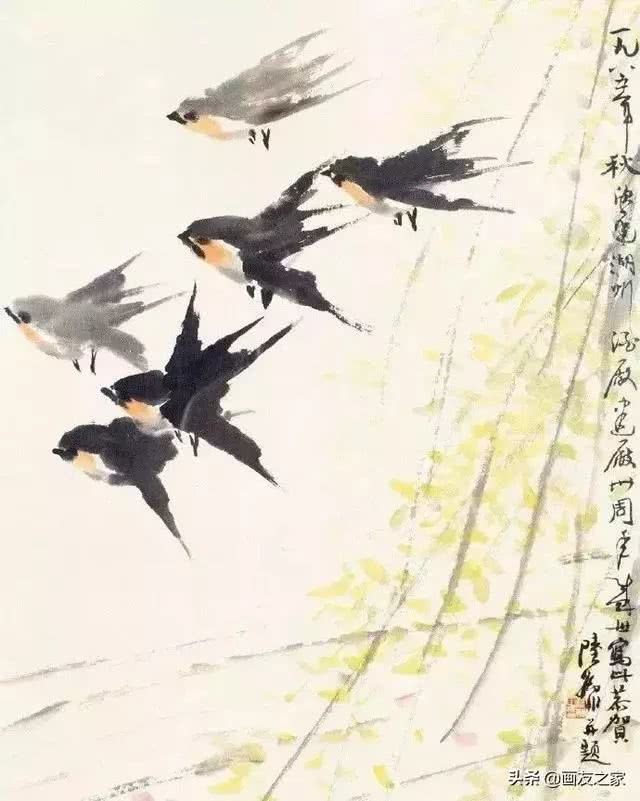
去年燕子天涯，今年燕子谁家？